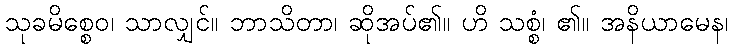
သုခမိစ္စေဝ၊ သာလျှင်။ ဘာသိတာ၊ ဆိုအပ်၏။ ဟိ သစ္စံ၊ ၏။ အနိယာမေန၊